Civil Veterinary Dept. North-West Frontier Province 1933-46 - 1933-1946
Year: 1933
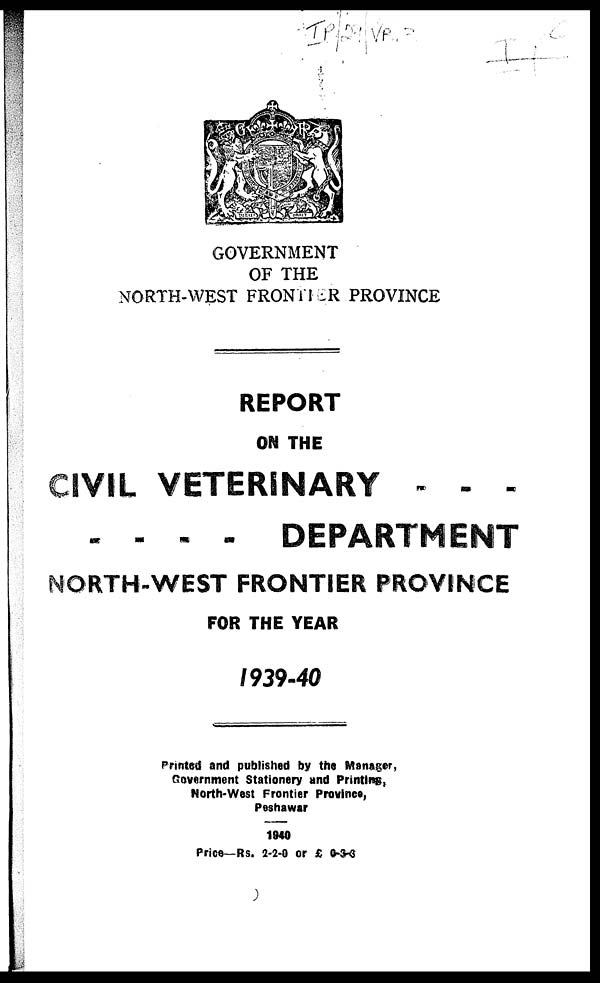
GOVERNMENT
OF THE
NORTH-WEST FRONTHER PROVINCE
REPORT
ON THE
CIVIL VETERINARY - - -
- - - - DEPARTMENT
NORTH-WEST FRONTIER PROVINCE
FOR THE YEAR
1939-40
Printed and published by the Manager,
Government Stationery and Printing,
North-West Frontier Province,
Peshawar
1940
Price—Rs. 2-2-0 or £ 0-3-3